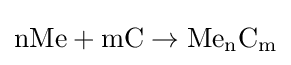
\mathrm {nMe+mC\rightarrow Me_{n}C_{m}}